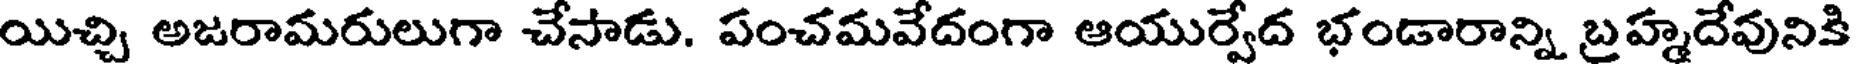
యిచ్చి అజరామరులుగా చేసాడు. పంచమవేదంగా ఆయుర్వేద భండారాన్ని బ్రహ్మదేవునికి